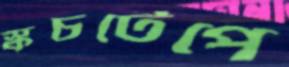
স্কচটেপে